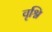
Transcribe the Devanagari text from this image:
वृश्नि